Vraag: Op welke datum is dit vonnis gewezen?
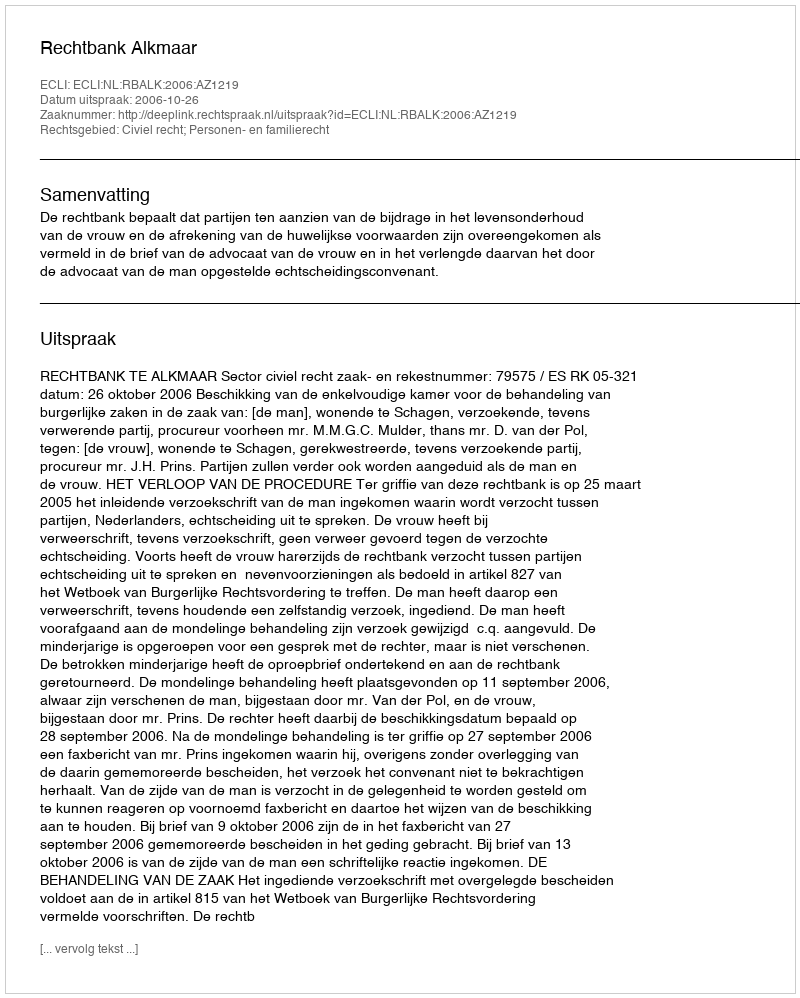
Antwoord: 2006-10-26